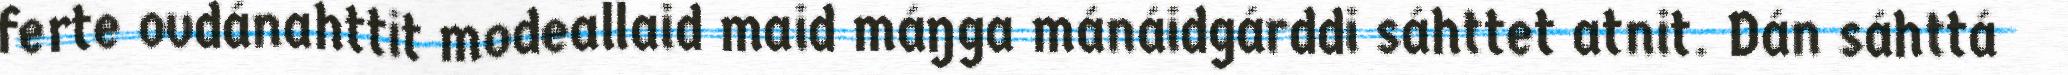
ferte ovdánahttit modeallaid maid máŋga mánáidgárddi sáhttet atnit. Dán sáhttá